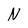
Character: N